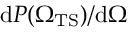
\mathrm { d } P ( { \Omega _ { \mathrm { T S } } } ) / \mathrm { d } \Omega